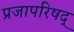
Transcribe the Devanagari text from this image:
प्रजापरिषद्